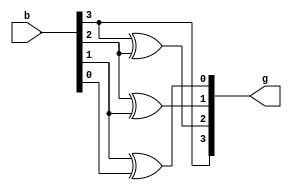
module binary_gray_4bit (b,g);
input [3:0]b;
output [3:0]g;

buf buf1(g[3], b[3]);
xor xor1(g[2], b[3], b[2]);
xor xor2(g[1], b[2], b[1]);
xor xor3(g[0], b[1], b[0]);

endmodule